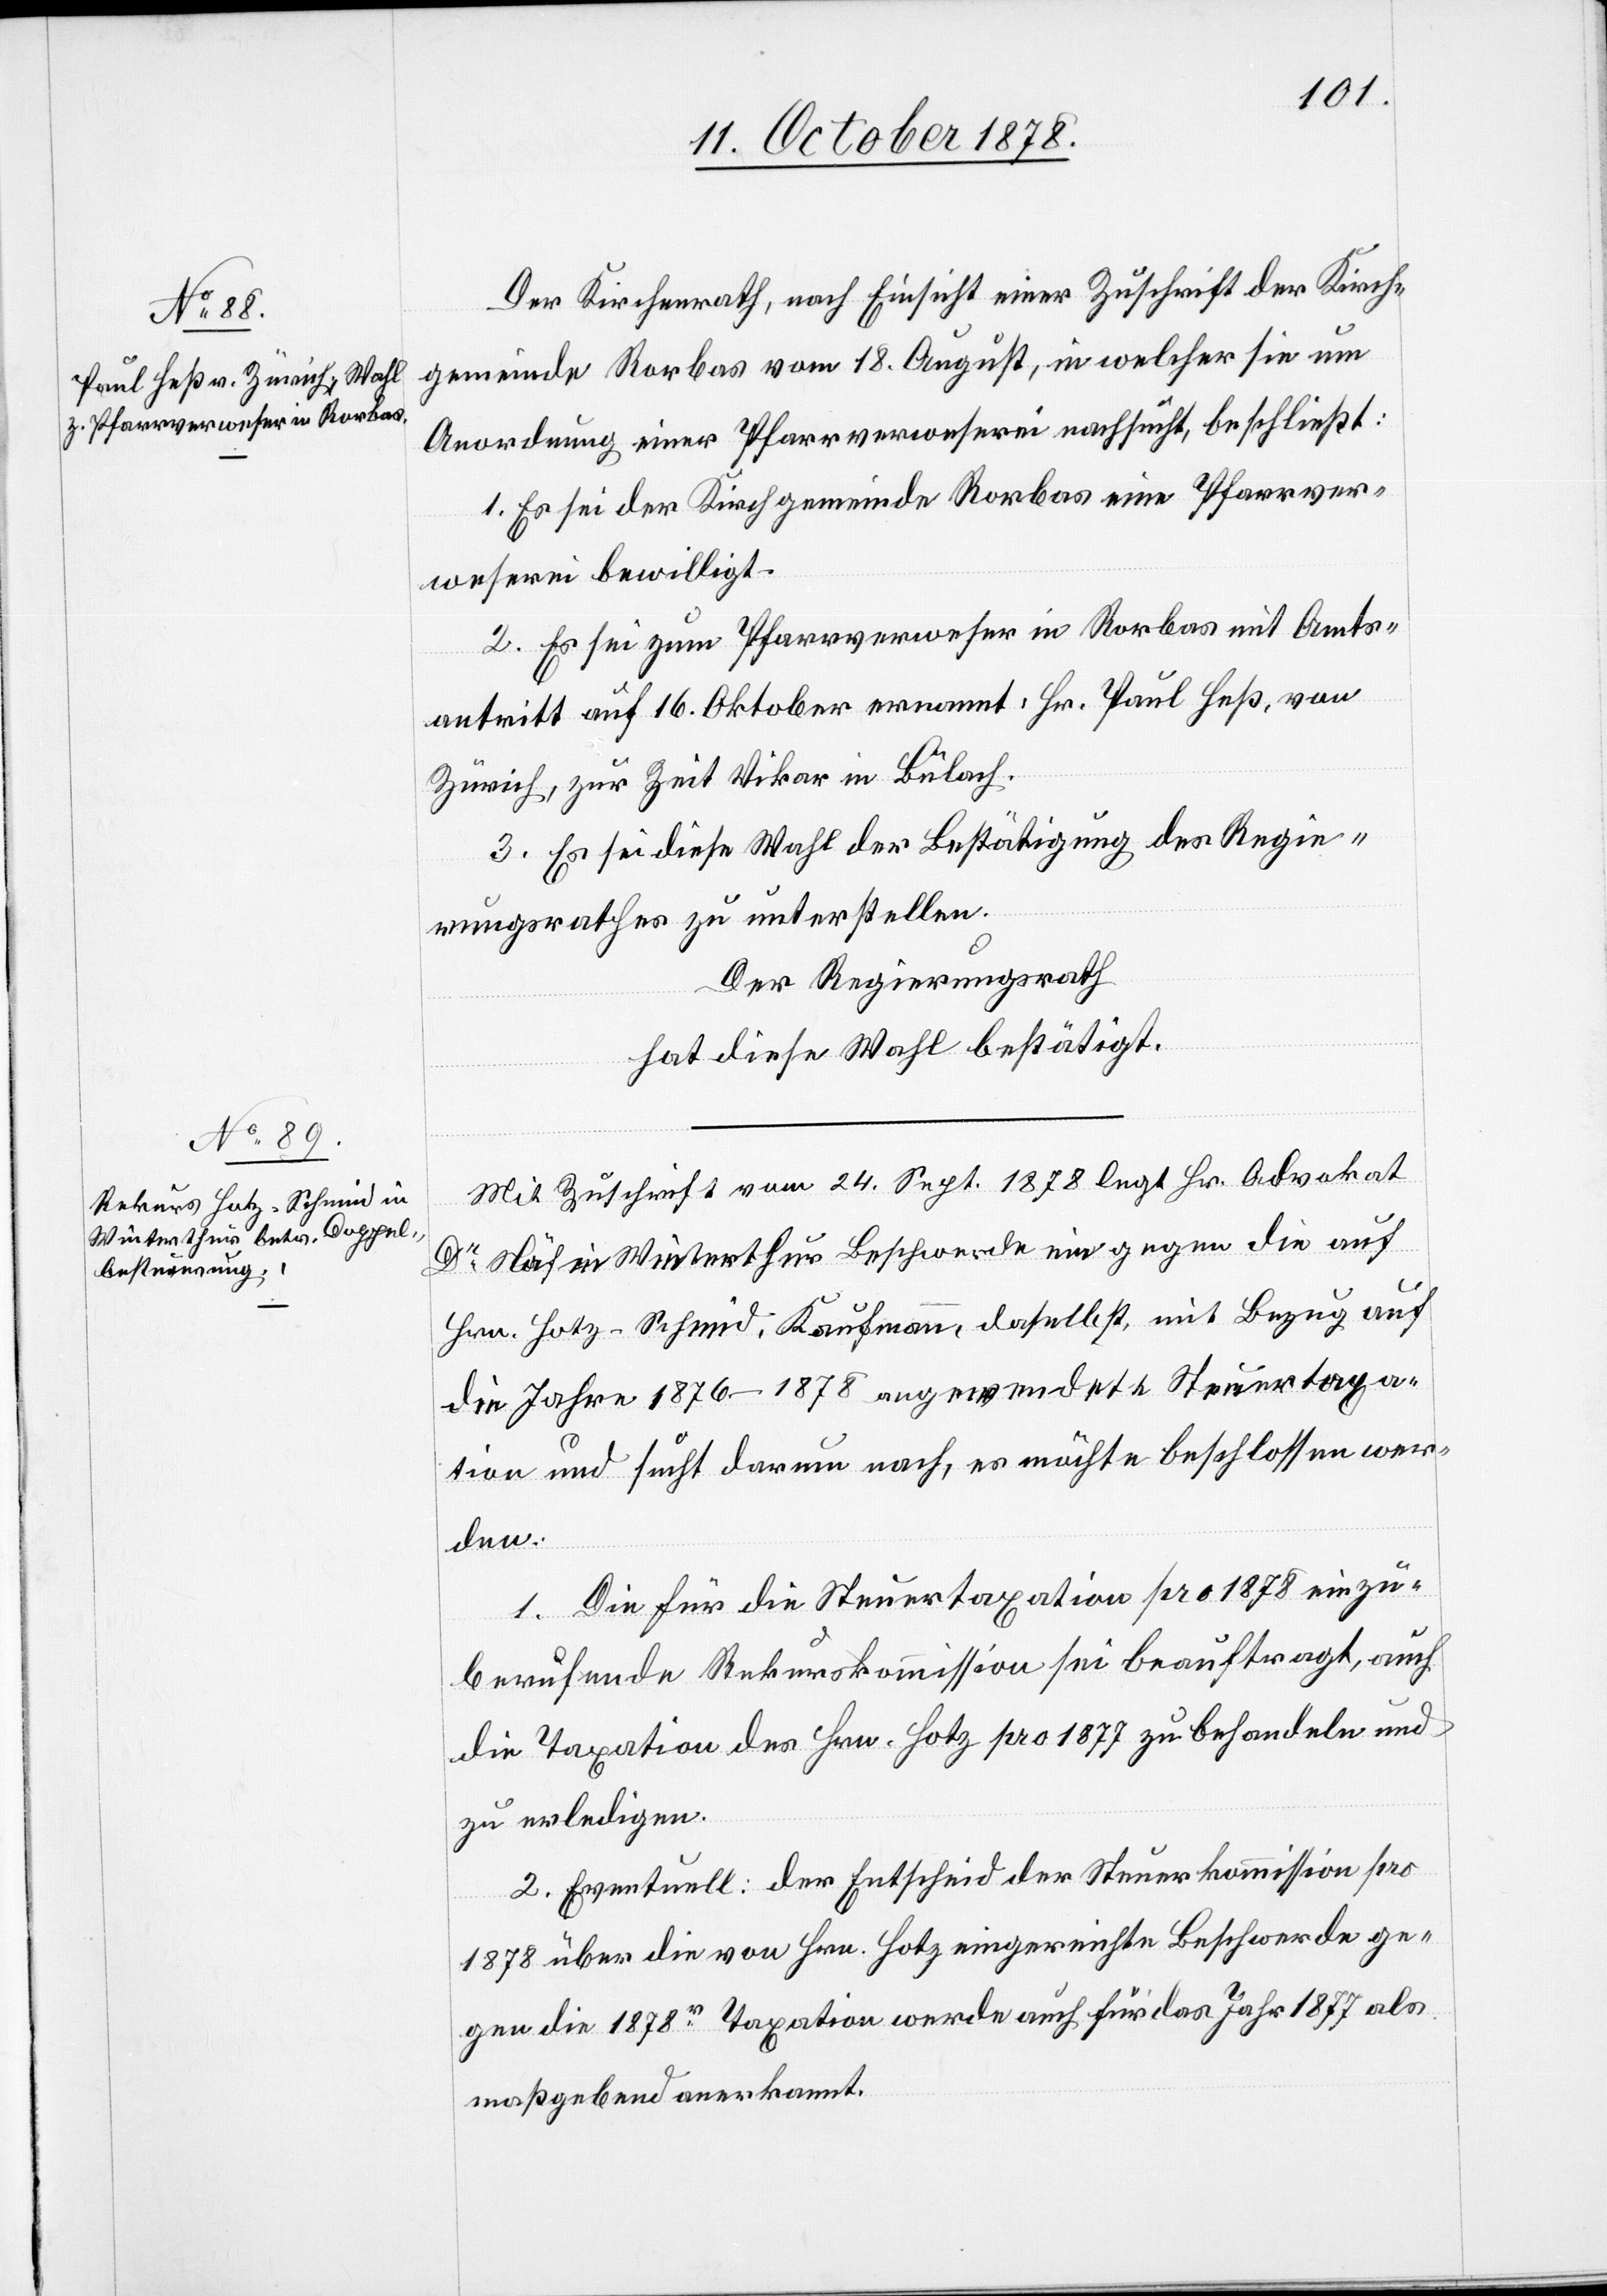
Der Kirchenrath, nach Einsicht einer Zuschrift der Kirch¬
gemeinde Rorbas vom 18. August, in welcher sie um
Anordnung einer Pfarrverweserei nachsucht, beschließt:
1. Es sei der Kirchgemeinde Rorbas eine Pfarrver¬
weserei bewilligt.
2. Es sei zum Pfarrverweser in Rorbas mit Amts¬
antritt auf 16. Oktober ernannt: Hr. Paul Heß, von
Zürich, zur Zeit Vikar in Bülach.
3. Es sei diese Wahl der Bestätigung des Regie¬
rungsrathes zu unterstellen.
Der Regierungsrath
hat diese Wahl bestätigt.
Mit Zuschrift vom 24. Sept. 1878 legt Hr. Advokat
Dr Näf in Winterthur Beschwerde ein gegen die auf
Hrn. Hotz-Schmid, Kaufmann, daselbst, mit Bezug auf
die Jahre 1876–1987 angewendete Steuertaxa¬
tion und sucht darum nach, es möchte beschlossen wer¬
den:
1. Die für die Steuertaxation pro 1878 einzu¬
berufende Rekurskommission sei beauftragt, auch
die Taxation des Hrn. Hotz pro 1877 zu behandeln und
zu erledigen.
2. Eventuell: der Entscheid der Steuerkommission pro
1878 über die von Hrn. Hotz eingereichte Beschwerde ge¬
gen die 1878r Taxation werde auch für das Jahr 1877 als
maßgebend anerkannt.